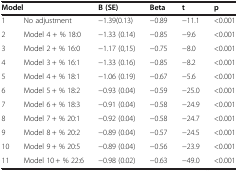
<table><thead><tr><td colspan="2"><b>Model</b></td><td><b>B (SE)</b></td><td><b>Beta</b></td><td><b>t</b></td><td><b>p</b></td></tr></thead><tbody><tr><td>1</td><td>No adjustment</td><td>-1.39(0.13)</td><td>-0.89</td><td>-11.1</td><td>&lt;0.001</td></tr><tr><td>2</td><td>Model 4 + % 18:0</td><td>-1.33 (0.14)</td><td>-0.85</td><td>-9.6</td><td>&lt;0.001</td></tr><tr><td>3</td><td>Model 2 + % 16:0</td><td>-1.17 (0,15)</td><td>-0.75</td><td>-8.0</td><td>&lt;0.001</td></tr><tr><td>4</td><td>Model 3 + % 16:1</td><td>-1.33 (0.16)</td><td>-0.85</td><td>-8.2</td><td>&lt;0.001</td></tr><tr><td>5</td><td>Model 4 + % 18:1</td><td>-1.06 (0.19)</td><td>-0.67</td><td>-5.6</td><td>&lt;0.001</td></tr><tr><td>6</td><td>Model 5 + % 18:2</td><td>-0.93 (0.04)</td><td>-0.59</td><td>-25.0</td><td>&lt;0.001</td></tr><tr><td>7</td><td>Model 6 + % 18:3</td><td>-0.91 (0.04)</td><td>-0.58</td><td>-24.9</td><td>&lt;0.001</td></tr><tr><td>8</td><td>Model 7 + % 20:1</td><td>-0.92 (0.04)</td><td>-0.58</td><td>-24.7</td><td>&lt;0.001</td></tr><tr><td>9</td><td>Model 8 + % 20:2</td><td>-0.89 (0.04)</td><td>-0.57</td><td>-24.5</td><td>&lt;0.001</td></tr><tr><td>10</td><td>Model 9 + % 20:5</td><td>-0.89 (0.04)</td><td>-0.56</td><td>-23.9</td><td>&lt;0.001</td></tr><tr><td>11</td><td>Model 10 + % 22:6</td><td>-0.98 (0.02)</td><td>-0.63</td><td>-49.0</td><td>&lt;0.001</td></tr></tbody></table>